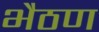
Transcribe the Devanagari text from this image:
भैठण